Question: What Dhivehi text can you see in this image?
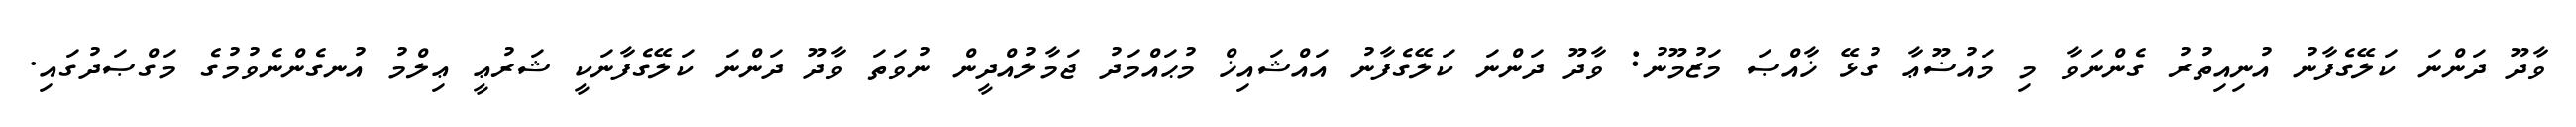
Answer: ވާދޫ ދަންނަ ކަލޭގެފާނު އުނިއިތުރު ގެންނަވާ މި މައުޟޫޢާ ގުޅޭ ޚާއްޞަ މަޒުމޫނު: ވާދޫ ދަންނަ ކަލޭގެފާނު އައްޝައިޚް މުޙައްމަދު ޖަމާލުއްދީން ނުވަތަ ވާދޫ ދަންނަ ކަލޭގެފާނަކީ ޝަރުޢީ ޢިލްމު އުނގެންނެވުމުގެ މަގްޞަދުގައި.